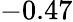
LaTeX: -0.47